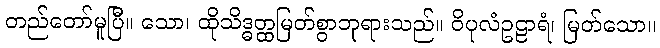
တည်တော်မူပြီ။ သော၊ ထိုသိဒ္ဓတ္ထမြတ်စွာဘုရားသည်။ ဝိပုလံဥဠာရံ၊ မြတ်သော။